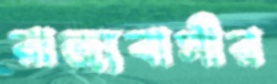
রাজ্যবাসীর